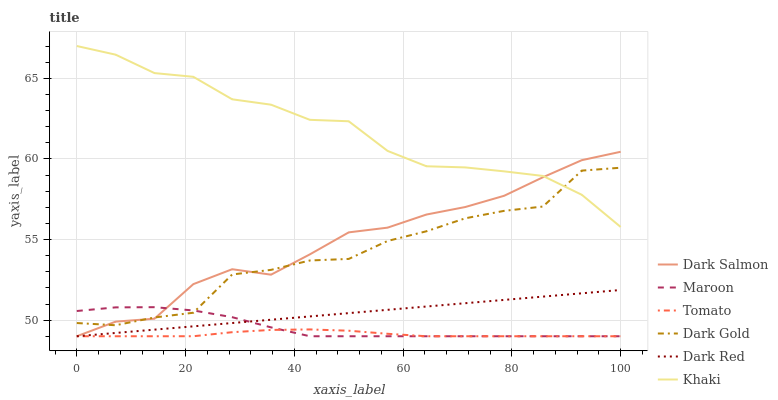
| xaxis_label | Dark Salmon | Maroon | Tomato | Dark Gold | Dark Red | Khaki |
 | --- | --- | --- | --- | --- | --- | --- |
 | 0 | 49 | 50.6 | 49 | 49.8 | 49 | 67 |
 | 7.14 | 49.9 | 50.8 | 49 | 49.7 | 49.2 | 66.5 |
 | 14.3 | 50.1 | 50.8 | 49 | 50.2 | 49.4 | 65.3 |
 | 21.4 | 52.2 | 50.6 | 49 | 50.5 | 49.6 | 65.1 |
 | 28.6 | 53.2 | 50.2 | 49.3 | 52.8 | 49.8 | 63.7 |
 | 35.7 | 52.8 | 49.6 | 49.4 | 53.1 | 50 | 63.4 |
 | 42.9 | 54.1 | 49 | 49.4 | 53.7 | 50.2 | 62.4 |
 | 50 | 55.4 | 49 | 49.3 | 53.8 | 50.4 | 62.3 |
 | 57.1 | 55.7 | 49 | 49.2 | 54.9 | 50.6 | 60.5 |
 | 64.3 | 56.5 | 49 | 49 | 55.5 | 50.8 | 59.5 |
 | 71.4 | 57 | 49 | 49 | 56.3 | 51 | 59.5 |
 | 78.6 | 57.7 | 49 | 49 | 56.8 | 51.3 | 59.2 |
 | 85.7 | 58.9 | 49 | 49 | 57 | 51.5 | 58.9 |
 | 92.9 | 59.9 | 49 | 49 | 59.3 | 51.7 | 57.8 |
 | 100 | 60.4 | 49 | 49 | 59.5 | 51.9 | 55.8 |